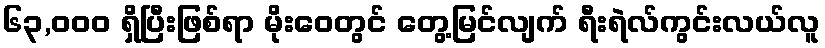
၆၃,၀၀၀ ရှိပြီးဖြစ်ရာ မိုးဝေတွင် တွေ့မြင်လျက် ရီးရဲလ်ကွင်းလယ်လူ